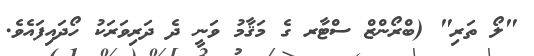
"ލޯ ތަރި" (ބްރޯންޒް ސްޓާރ ގެ މަޤާމު ވަނީ ދެ ދަރިވަރަކު ހޯދައިފައެވެ.